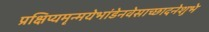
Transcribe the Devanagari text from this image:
प्रक्षिप्यमृन्मयेभांडेनवेसाच्छादनेशुभे